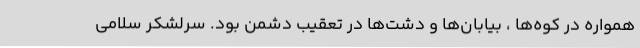
همواره در کوه‌ها ، بیابان‌ها و دشت‌ها در تعقیب دشمن بود. سرلشکر سلامی